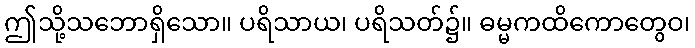
ဤသို့သဘောရှိသော။ ပရိသာယ၊ ပရိသတ်၌။ ဓမ္မကထိကောတွေဝ၊